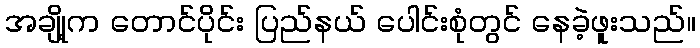
အချို့က တောင်ပိုင်း ပြည်နယ် ပေါင်းစုံတွင် နေခဲ့ဖူးသည်။